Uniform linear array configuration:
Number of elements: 16
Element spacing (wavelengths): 0.25
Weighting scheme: hamming
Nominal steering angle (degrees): -30
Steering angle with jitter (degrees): -28.365
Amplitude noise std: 0.05
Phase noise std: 0.05

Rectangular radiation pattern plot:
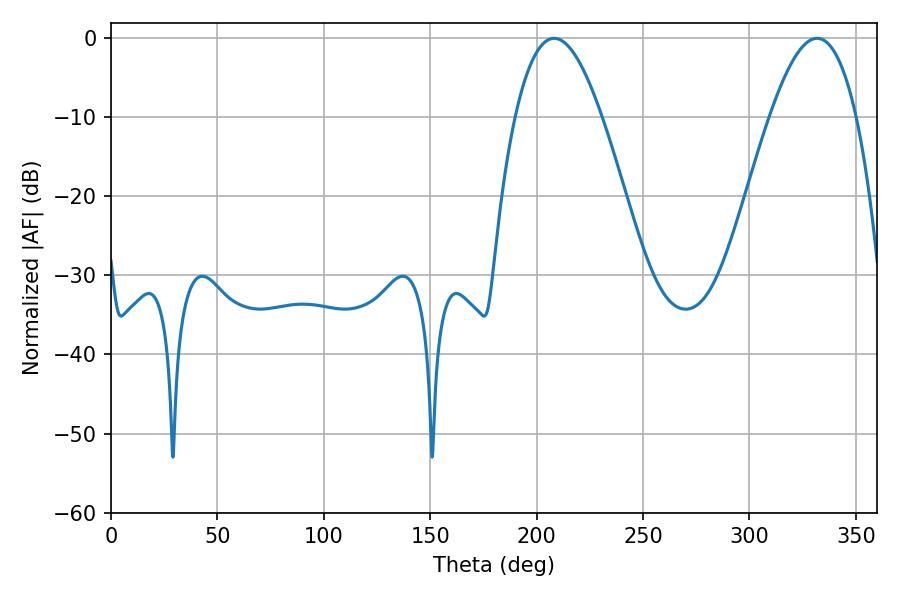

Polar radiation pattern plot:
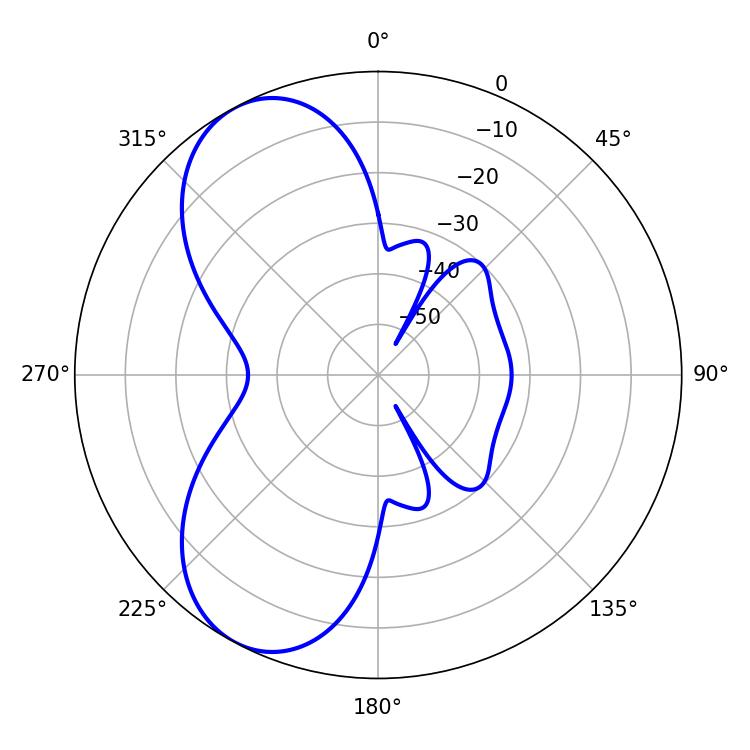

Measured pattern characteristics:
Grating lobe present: FALSE
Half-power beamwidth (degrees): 22.32
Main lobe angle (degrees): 208.26